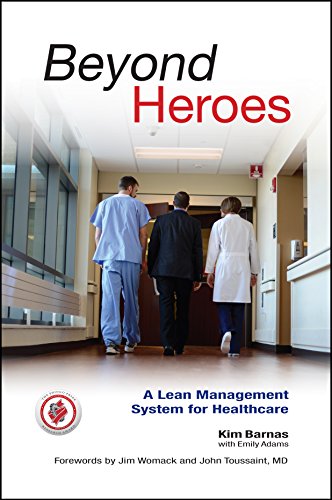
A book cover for Beyond Heroes: A Lean Management System for Healthcare; Kim Barnas; Medical Books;